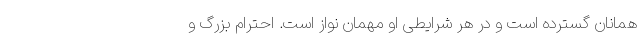
همانان گسترده است و در هر شرایطی او مهمان نواز است. احترام بزرگ و